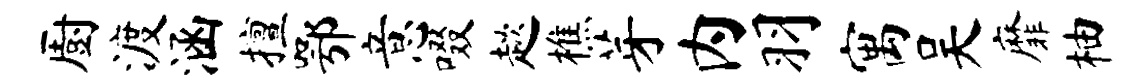
厨渡涵擅鄂意啜趑樵芽内羽寓吴靡柚